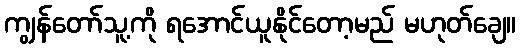
ကျွန်တော်သူ့ကို ရအောင်ယူနိုင်တော့မည် မဟုတ်ချေ။